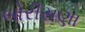
બોરીસણા